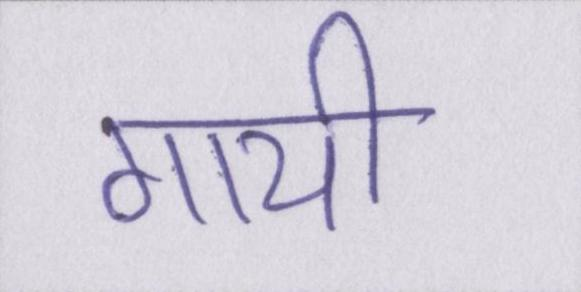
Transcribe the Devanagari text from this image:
गायी